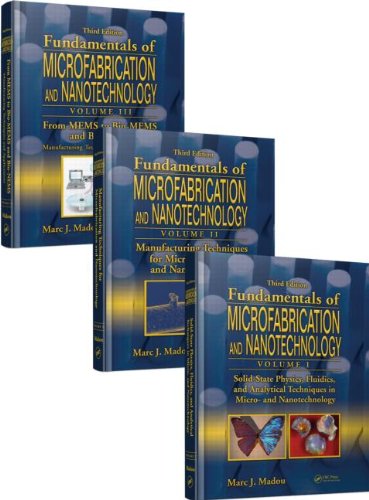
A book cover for Fundamentals of Microfabrication and Nanotechnology, Third Edition, Three-Volume Set; Marc J. Madou; Science & Math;